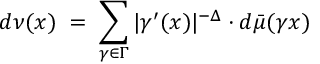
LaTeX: d \nu ( x ) \; = \; \sum _ { \gamma \in \Gamma } | \gamma ^ { \prime } ( x ) | ^ { - \Delta } \cdot d \bar { \mu } ( \gamma x )